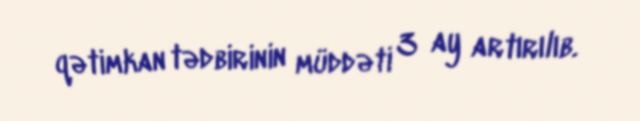
qətimkan tədbirinin müddəti 3 ay artırılıb.